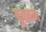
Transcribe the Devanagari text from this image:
दूबराज